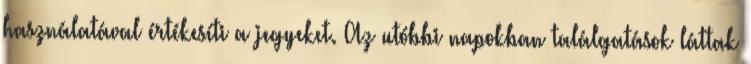
használatával értékesíti a jegyeket. Az utóbbi napokban találgatások láttak